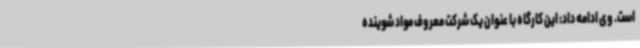
است. وی ادامه داد: این کارگاه با عنوان یک شرکت معروف مواد شوینده